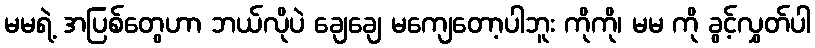
မမရဲ့ အပြစ်တွေဟာ ဘယ်လိုပဲ ချေချေ မကျေတော့ပါဘူး ကိုကို၊ မမ ကို ခွင့်လွှတ်ပါ